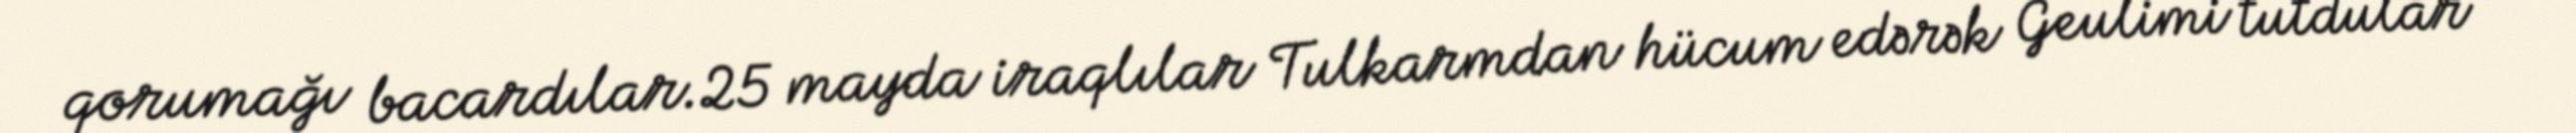
qorumağı bacardılar.25 mayda iraqlılar Tulkarmdan hücum edərək Geulimi tutdular